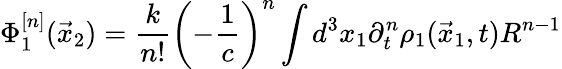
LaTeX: \Phi_{1}^{[n]}(\vec{x}_{2})=\frac{k}{n!}\left(-\frac{1}{c}\right)^{n}\int d^{3}x_{1}\partial_{t}^{n}\rho_{1}(\vec{x}_{1},t)R^{n-1}